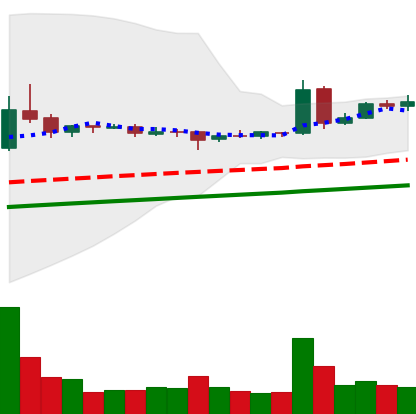
Ticker: DOGE-USD
Chart end date: 2020-08-06
Forward return: -4.663%
Label: down_3_5